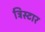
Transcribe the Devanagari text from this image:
ट्रिस्‍टार